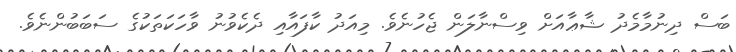
ބަސް ދިނުމާމެދު ޝާޢާއަށް ވިސްނާލަން ޖެހުނެވެ. މިއަދު ކާފައާއި ދެކެވުނު ވާހަކަތަކުގެ ސަބަބުންނެވެ.